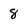
Character: 8